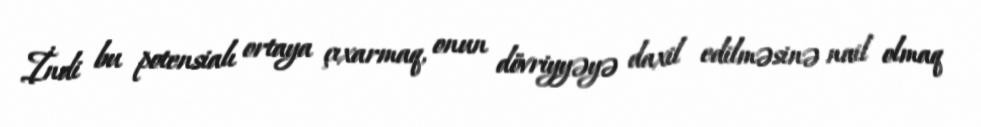
İndi bu potensialı ortaya çıxarmaq, onun dövriyyəyə daxil edilməsinə nail olmaq